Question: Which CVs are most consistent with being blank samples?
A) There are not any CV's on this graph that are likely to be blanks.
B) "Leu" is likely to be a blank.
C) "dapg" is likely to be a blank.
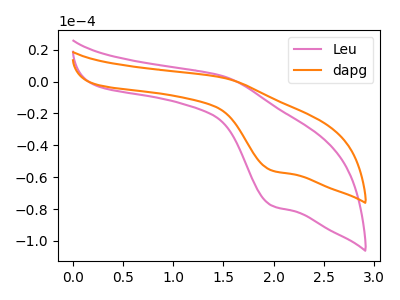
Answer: <think>The pink curve "Leu" has an anodic peak at (1.50V, 3.55uA) and a cathodic peak at (2.00V, -77.75uA). The orange curve "dapg" has an anodic peak at (1.50V, 2.55uA) and a cathodic peak at (2.00V, -55.75uA).</think>
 <answer>A) There are not any CV's on this graph that are likely to be blanks.</answer>
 <eval>A</eval>